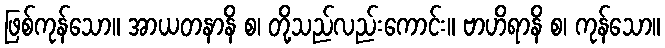
ဖြစ်ကုန်သော။ အာယတနာနိ စ၊ တို့သည်လည်းကောင်း။ ဗာဟိရာနိ စ၊ ကုန်သော။